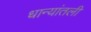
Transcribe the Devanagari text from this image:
धान्यांतली